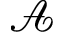
\mathcal { A }